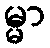
မ္မာ